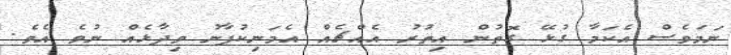
ނަމަވެސް އެކަމާ ގުޅޭ ގޮތުން އިތުރު އެއްޗެއް އެމަނިކުފާނު ވިދާޅެއް ނުވެ އެވެ.